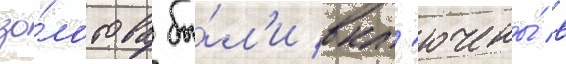
зо́лотова бы́л'и вкл'ючены́ в